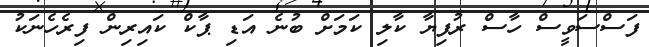
ފަސްސަވީސް ހާސް ރުފިޔާ ކާލި ކަމަށް ބުނެ އަޑި ޕާކް ކައިރިން ފިރެހެނަކު